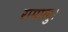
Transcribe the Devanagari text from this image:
रामालु।